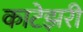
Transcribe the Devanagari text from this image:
काटेझरी